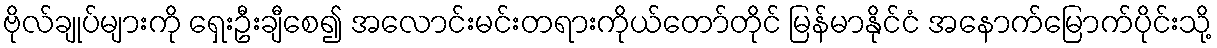
ဗိုလ်ချုပ်များကို ရှေးဦးချီစေ၍ အလောင်းမင်းတရားကိုယ်တော်တိုင် မြန်မာနိုင်ငံ အနောက်မြောက်ပိုင်းသို့